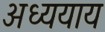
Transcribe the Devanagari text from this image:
अध्ययाय